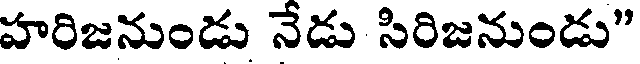
హరిజనుండు నేడు సిరిజనుండు"